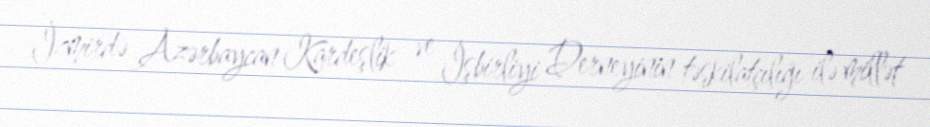
İzmirdə Azərbaycan Kardeşlik ve İşbirliyi Derneyinin təşkilatçılığı ilə millət